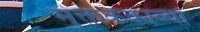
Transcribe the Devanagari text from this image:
मुक्तककाव्यों